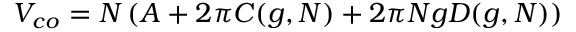
V _ { c o } = N \left( A + 2 \pi C ( g , N ) + 2 \pi N g D ( g , N ) \right)